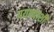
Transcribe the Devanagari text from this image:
पयथ्याशी